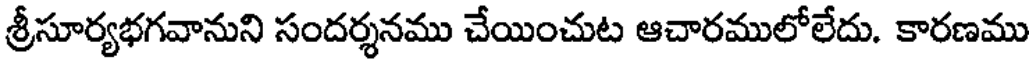
శ్రీసూర్యభగవానుని సందర్శనము చేయించుట ఆచారములోలేదు. కారణము